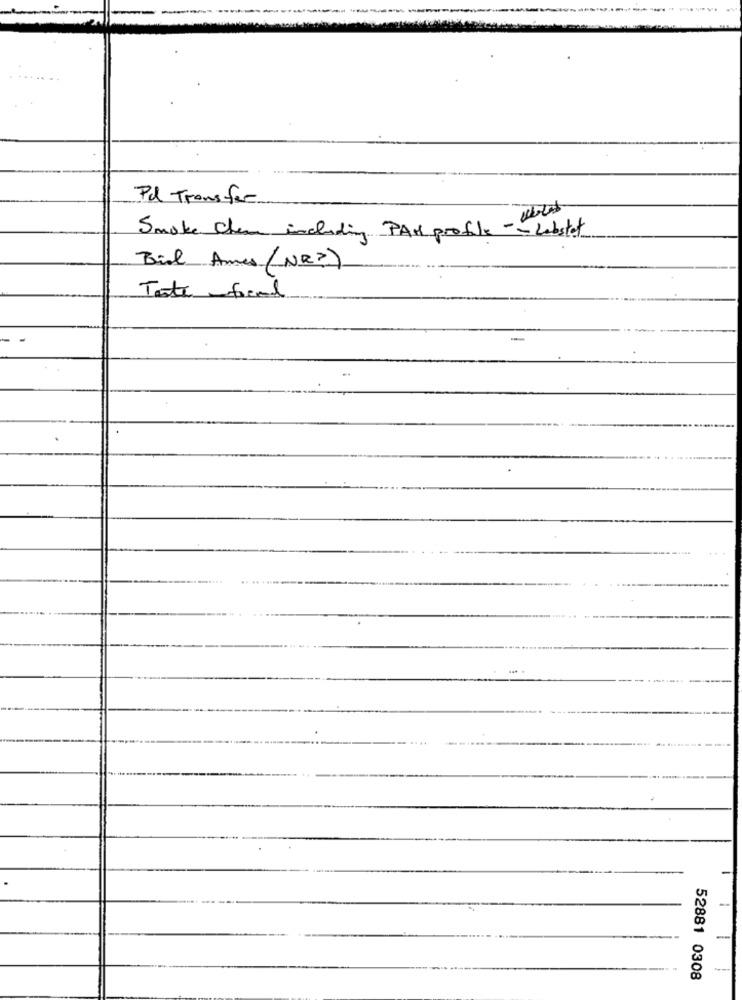
Pal Transfer
Smoke cham including PAM profile -- Labstot
Biol Ames /NR2)
Toute focal
-
52881 0308